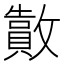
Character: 𫿜